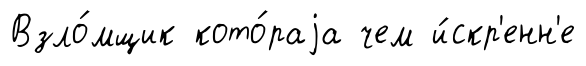
Взло́мщик кото́раjа чем и́скр'енн'е